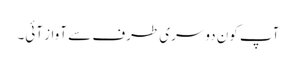
آپ کون دوسری طرف سے آواز آئی۔